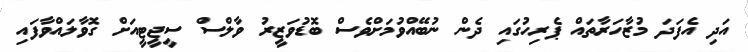
އަދި އެފަދަ މުޒާހަރާތައް ޕެރިހުގައި ދެން ނުބޭއްވުމަށްވެސް ބޮޑުވަޒީރު ވާލްސް ސީޖީޓީއަށް ގޮވާލައްވާފައި